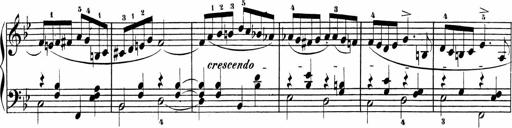
Title: Sonatinen Op.47, 98 und 136, nebst 6 Liedersonatinen
Composer: Carl Reinecke